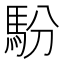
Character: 䭻